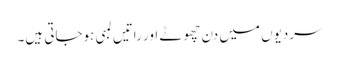
سردیوں میں دن چھوٹے اور راتیں لمبی ہوجاتی ہیں۔